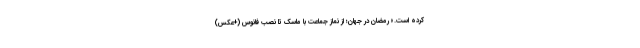
کرده است.» رمضان در جهان؛ از نماز جماعت با ماسک تا نصب فانوس (+عکس)